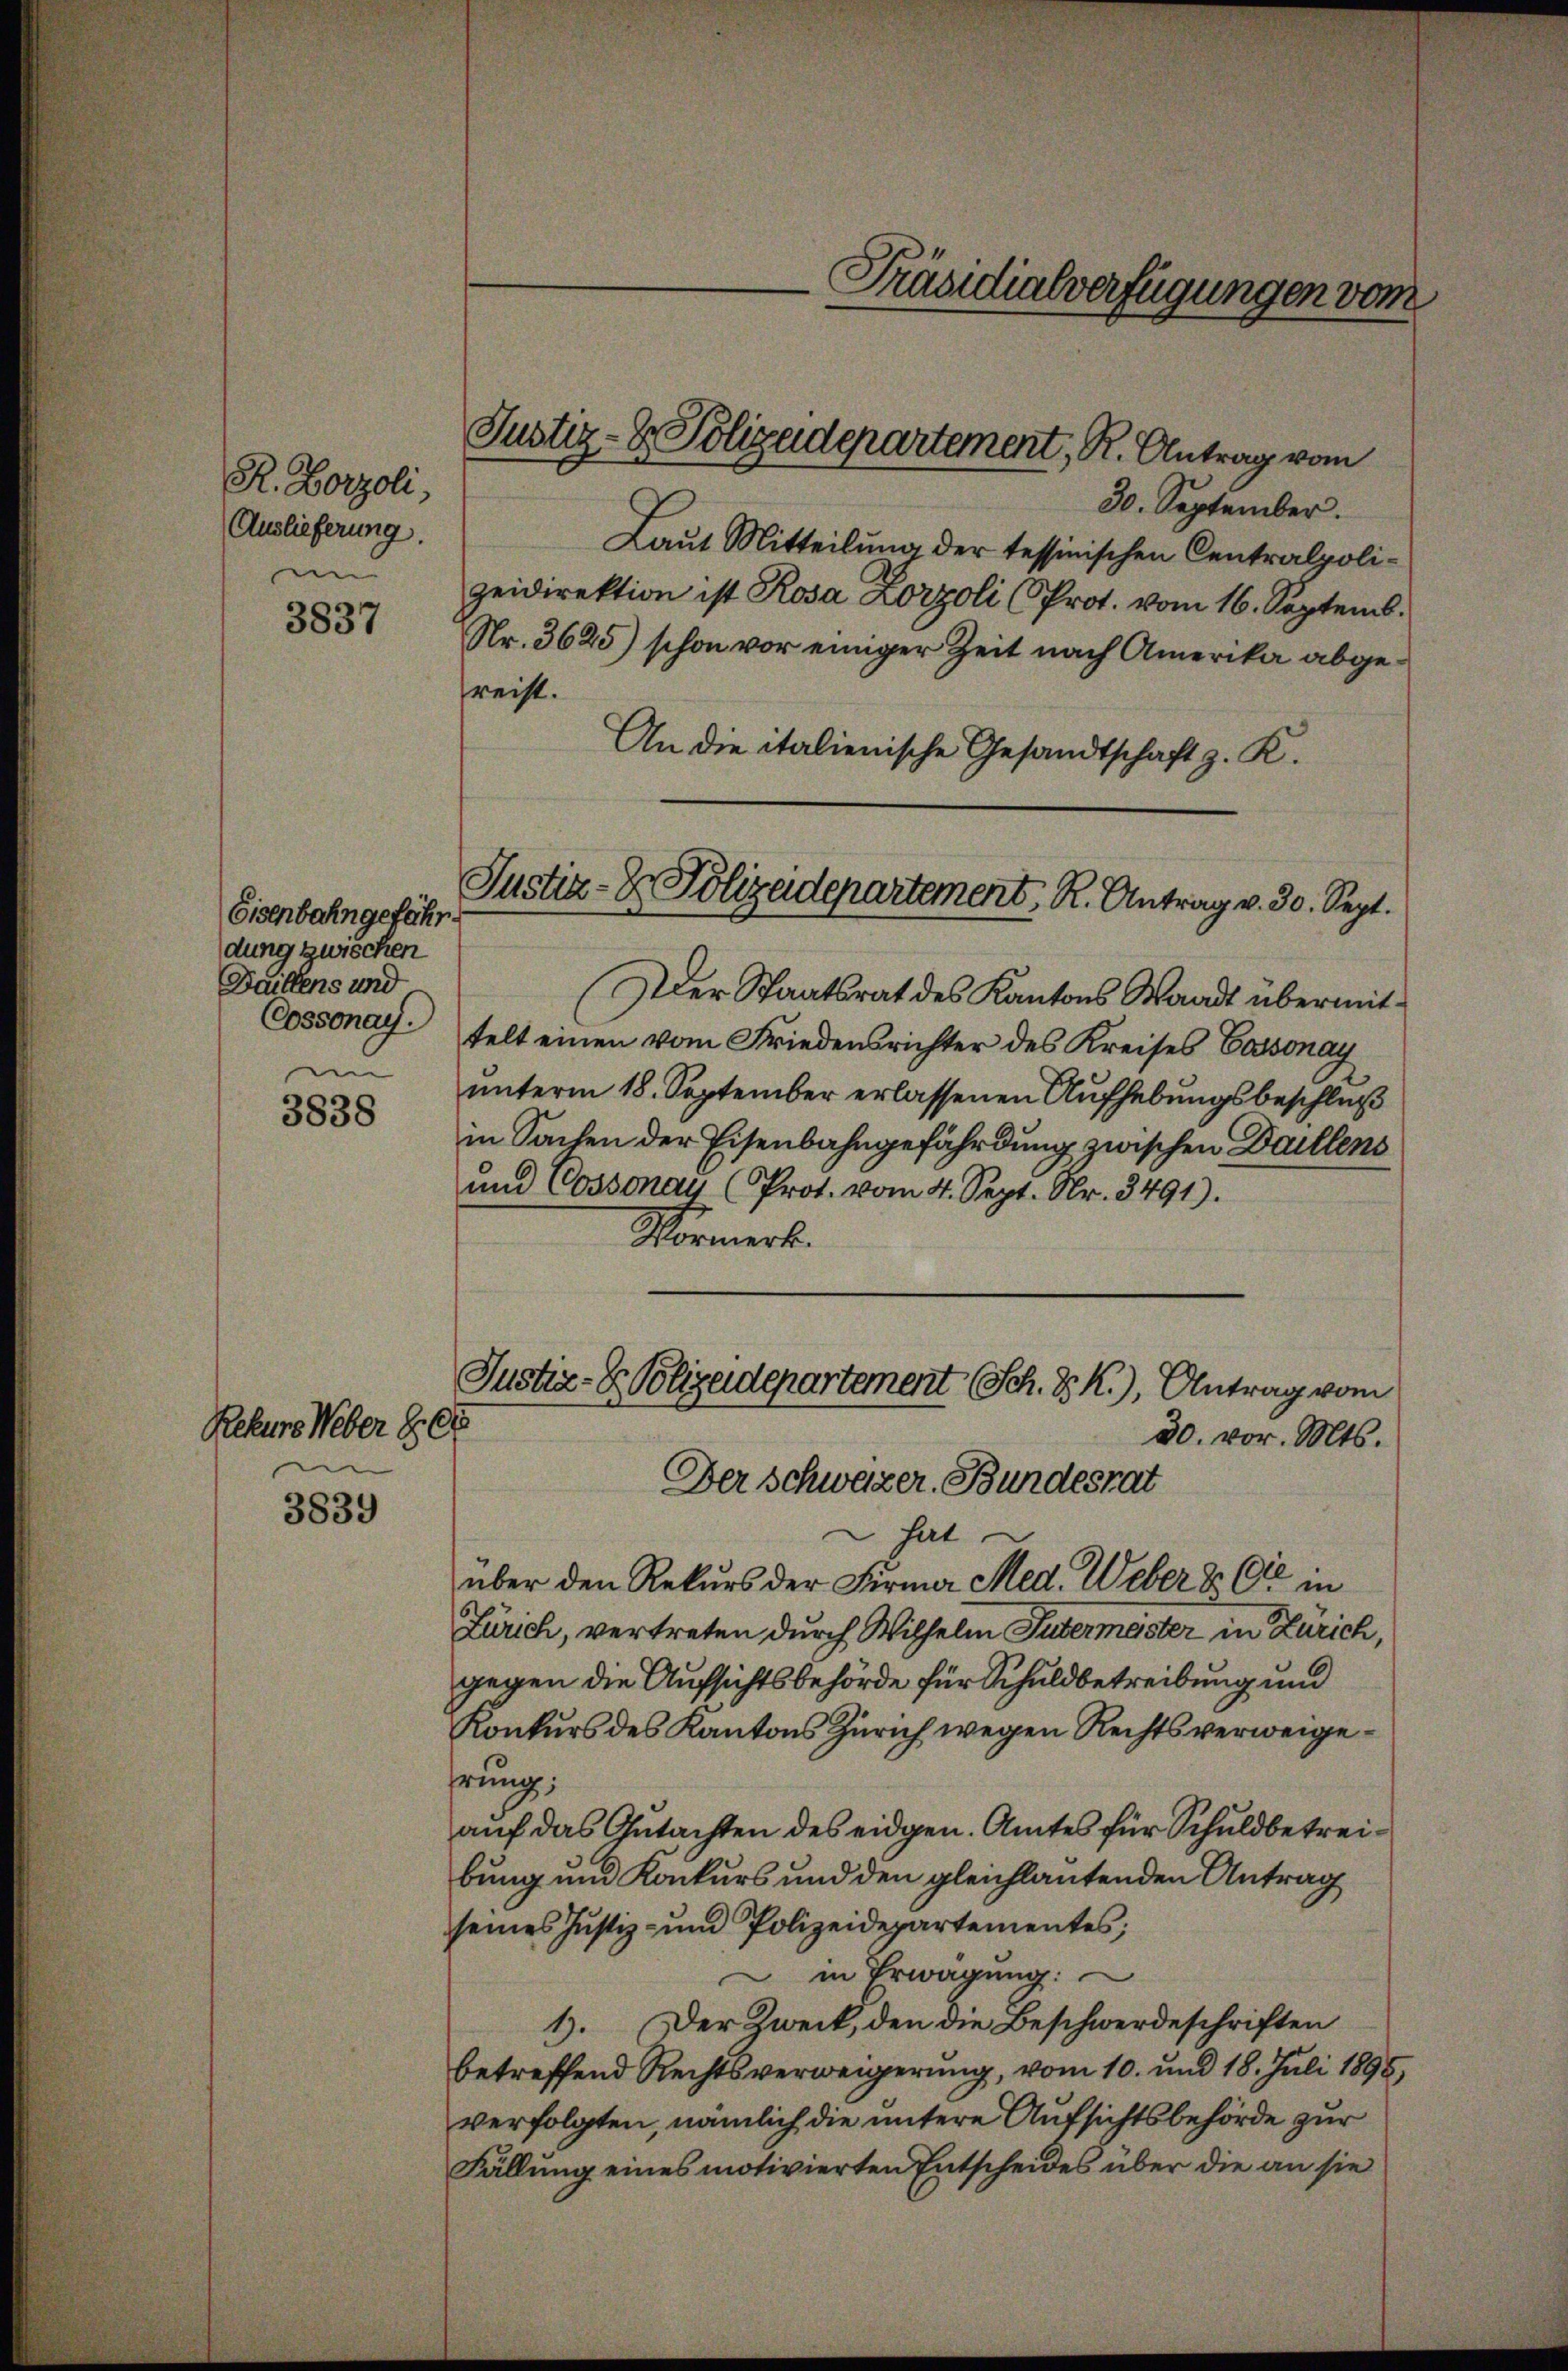
R. Borzoli,
Auslieferung.
an

3837

Eisenbahn gefähr
dung zwischen
Daillens und
Cossonay.
im

3838

Rekurs Weber 808
e

3839

30. September.
Laut Mitteilung der tessinischen Centralpolizeidirektion ist Rosa Zorzoli (Prot. vom 16. Septemb.
Nr. 3625) schon vor einiger Zeit nach Amerika abgereist.
An die italienische Gesandtschaft z. K.

Justiz- & Polizeidepartement, R. Antrag vom

Justiz- & Polizeidepartement, R. Antrag v. 30. Sept.

-Präsidialverfügungen vom

Der Staatsrat des Kantons Waadt übermittelt einen vom Friedensrichter des Kreises Cassonay
unterm 18. September erlassenen Aufhebungsbeschluß
in Sachen der Eisenbahngefährdung zwischen Daillens
und Cossonau (Prot. vom 4. Sept. Nr. 3491).
Formerk.

Justiz- & Polizeidepartement (Sch. V K.), Antrag vom
30. vor. Mts.
Der Schweizer. Bundesrat

hat.
über den Rekurs der Firma Med. Weber & Cie in
Zürich, vertreten durch Wilhelm Tutermester in Zürich,
gegen die Aufsichtsbehörde für Schuldbetreibung und
Konkurs des Kantons Zürich wegen Rechtsverweigehrung;
auf das Gutachten des eidgen. Amtes für Schuldbetreibung und Konkurs und den gleichlautenden Antrag
seines Justiz- und Polizeidepartementes;
in Erwägung:
1). Der Zweck, den die Beschwerdeschriften
betreffend Rechtsverweigerung, vom 10. und 18. Juli 1895,
verfolgten, nämlich die untere Aufsichtsbehörde zur
Fällung eines motivierten Entscheides über die an sie